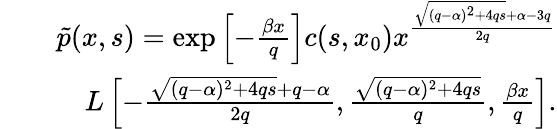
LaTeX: \begin{array}{rlr}&{}&{\tilde{p}(x,s)=\exp\left[-\frac{\beta x}{q}\right]c(s,x_{0})x^{\frac{\sqrt{(q-\alpha)^{2}+4qs}+\alpha-3q}{2q}}}\\ &{}&{L\left[-\frac{\sqrt{(q-\alpha)^{2}+4qs}+q-\alpha}{2q},\frac{\sqrt{(q-\alpha)^{2}+4qs}}{q},\frac{\beta x}{q}\right].}\end{array}